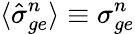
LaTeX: \langle\hat{\sigma}_{ge}^{n}\rangle\equiv\sigma_{ge}^{n}